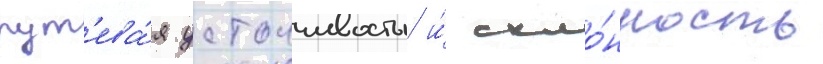
пут'ева́я устоичивость и́ скло́нность